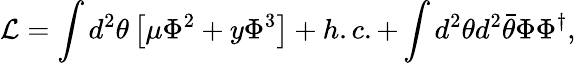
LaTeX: {\cal L}=\int d^{2}\theta\left[\mu\Phi^{2}+y\Phi^{3}\right]+h.c.+\int d^{2}\theta d^{2}\bar{\theta}\Phi\Phi^{\dagger},